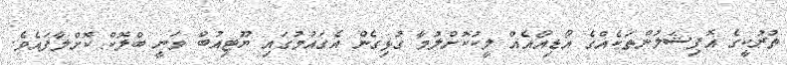
ތުރުކީގެ އޮފިޝަލުންތަކެއްގެ އޯޑިއޯއެއް ލީކުކޮށްލުމާ ގުޅިގެން އެގައުމުގައި ޔޫޓިއުބް ވަނީ ބްލޮކް ކޮށްލާފައެވެ.